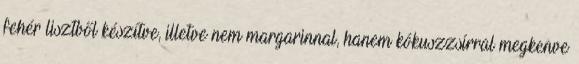
fehér lisztből készítve, illetve nem margarinnal, hanem kókuszzsírral megkenve